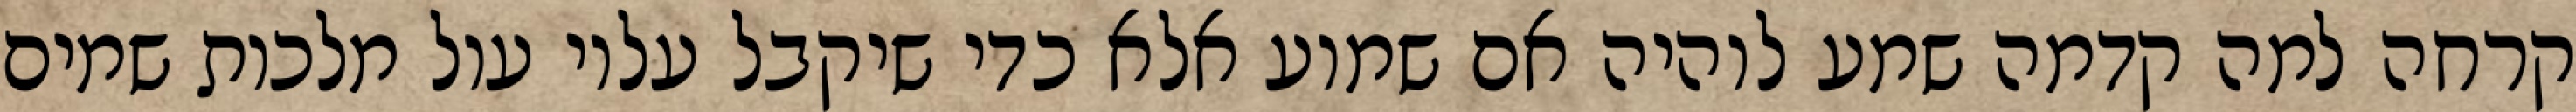
קרחה למה קדמה שמע לוהיה אם שמוע אלא כדי שיקבל עליו עול מלכות שמים